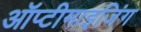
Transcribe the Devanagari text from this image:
ऑप्टीमाइजिंग